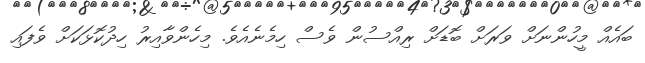
ބައެއް މީހުންނަށް ވަރަށް ބޮޑަށް ރިއްސުން ވެސް ހިމެނެއެވެ. މިހެންވާއިރު ހިދުކޮޅަކަށް ވެފައި